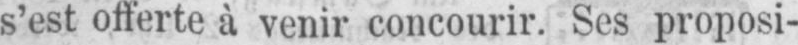
s’est offerte à venir concourir. Ses proposi-